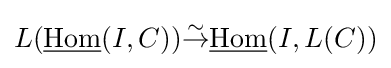
L({\underline {\operatorname {Hom} }}(I,C)){\overset {\sim }{\to }}{\underline {\operatorname {Hom} }}(I,L(C))